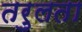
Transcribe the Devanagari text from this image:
तरुलता